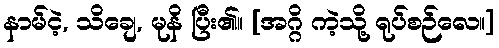
နာမ်ငဲ့, သိချေ, မုနိ ပြီး၏။ [အဂ္ဂိ ကဲ့သို့ ရုပ်စဉ်လေ။]